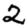
Digit: 2